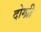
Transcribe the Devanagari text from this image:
दोग्ध्री